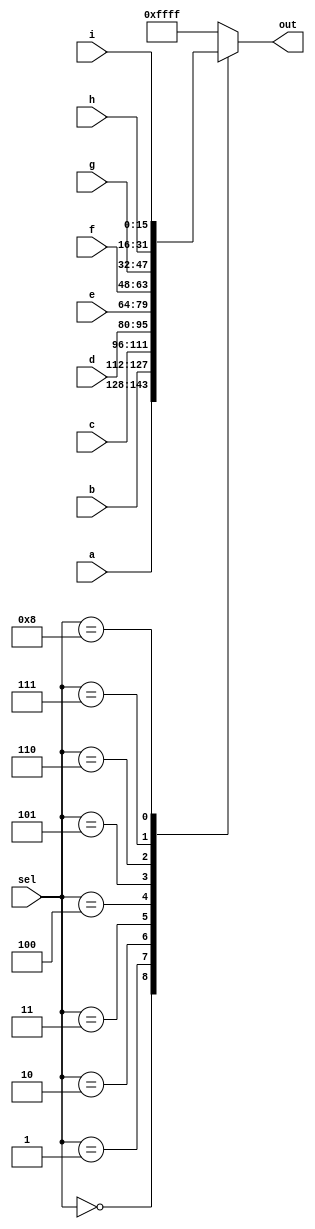
module mux #(parameter Bitwidth=16)( input [Bitwidth-1:0] a,b,c,d,e,f,g,h,i,input [3:0]sel,
            output reg [Bitwidth-1:0] out);
  always @(*) begin
  case(sel)
  4'd0:out=a;
  4'd1:out=b;
  4'd2:out=c; 
  4'd3:out=d;
  4'd4:out=e;
  4'd5:out=f;
  4'd6:out=g;
  4'd7:out=h;
  4'd8:out=i; 
  default:out=16'hffff;
  endcase
   end       
endmodule